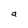
Character: 9